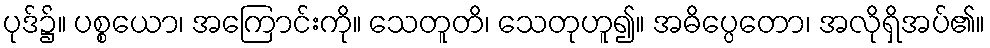
ပုဒ်၌။ ပစ္စယော၊ အကြောင်းကို။ သေတူတိ၊ သေတုဟူ၍။ အဓိပ္ပေတော၊ အလိုရှိအပ်၏။